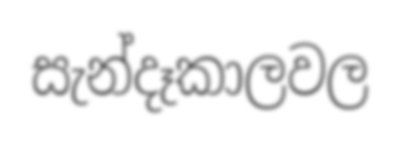
සැන්දෑකාලවල